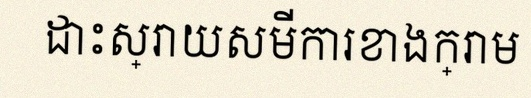
ដោះស្រាយសមីការខាងក្រោម